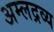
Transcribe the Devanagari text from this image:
अम्लद्रव्य